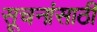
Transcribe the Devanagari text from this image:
सूचनांसाठी